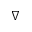
\nabla